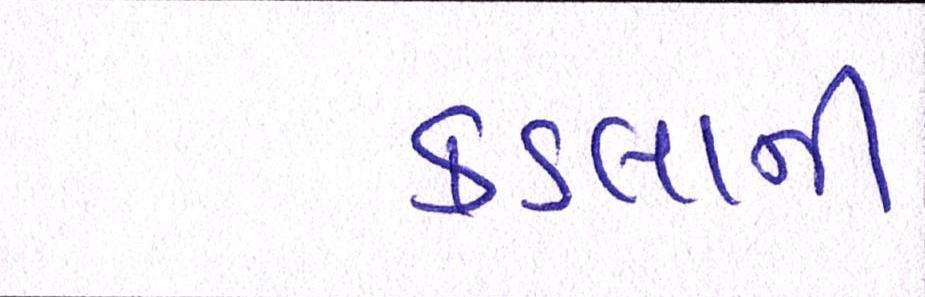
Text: કડલાની